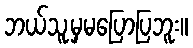
ဘယ်သူ့မှမပြောပြဘူး။